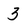
Character: 3